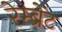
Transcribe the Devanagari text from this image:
रेम्ब्रेंट